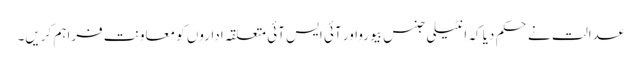
عدالت نے حکم دیا کہ انٹیلی جنس بیورواور آئی ایس آئی متعلقہ اداروں کو معاونت فراہم کریں۔